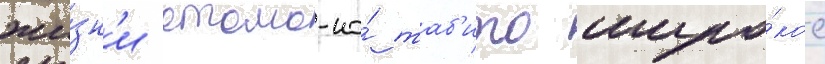
жи́зн'и отомо-но́ таб'ито широ́кое